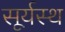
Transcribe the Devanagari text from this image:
सूर्यस्थ